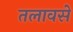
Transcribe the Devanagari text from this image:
तलावसे